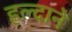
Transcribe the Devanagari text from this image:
हल्दाने